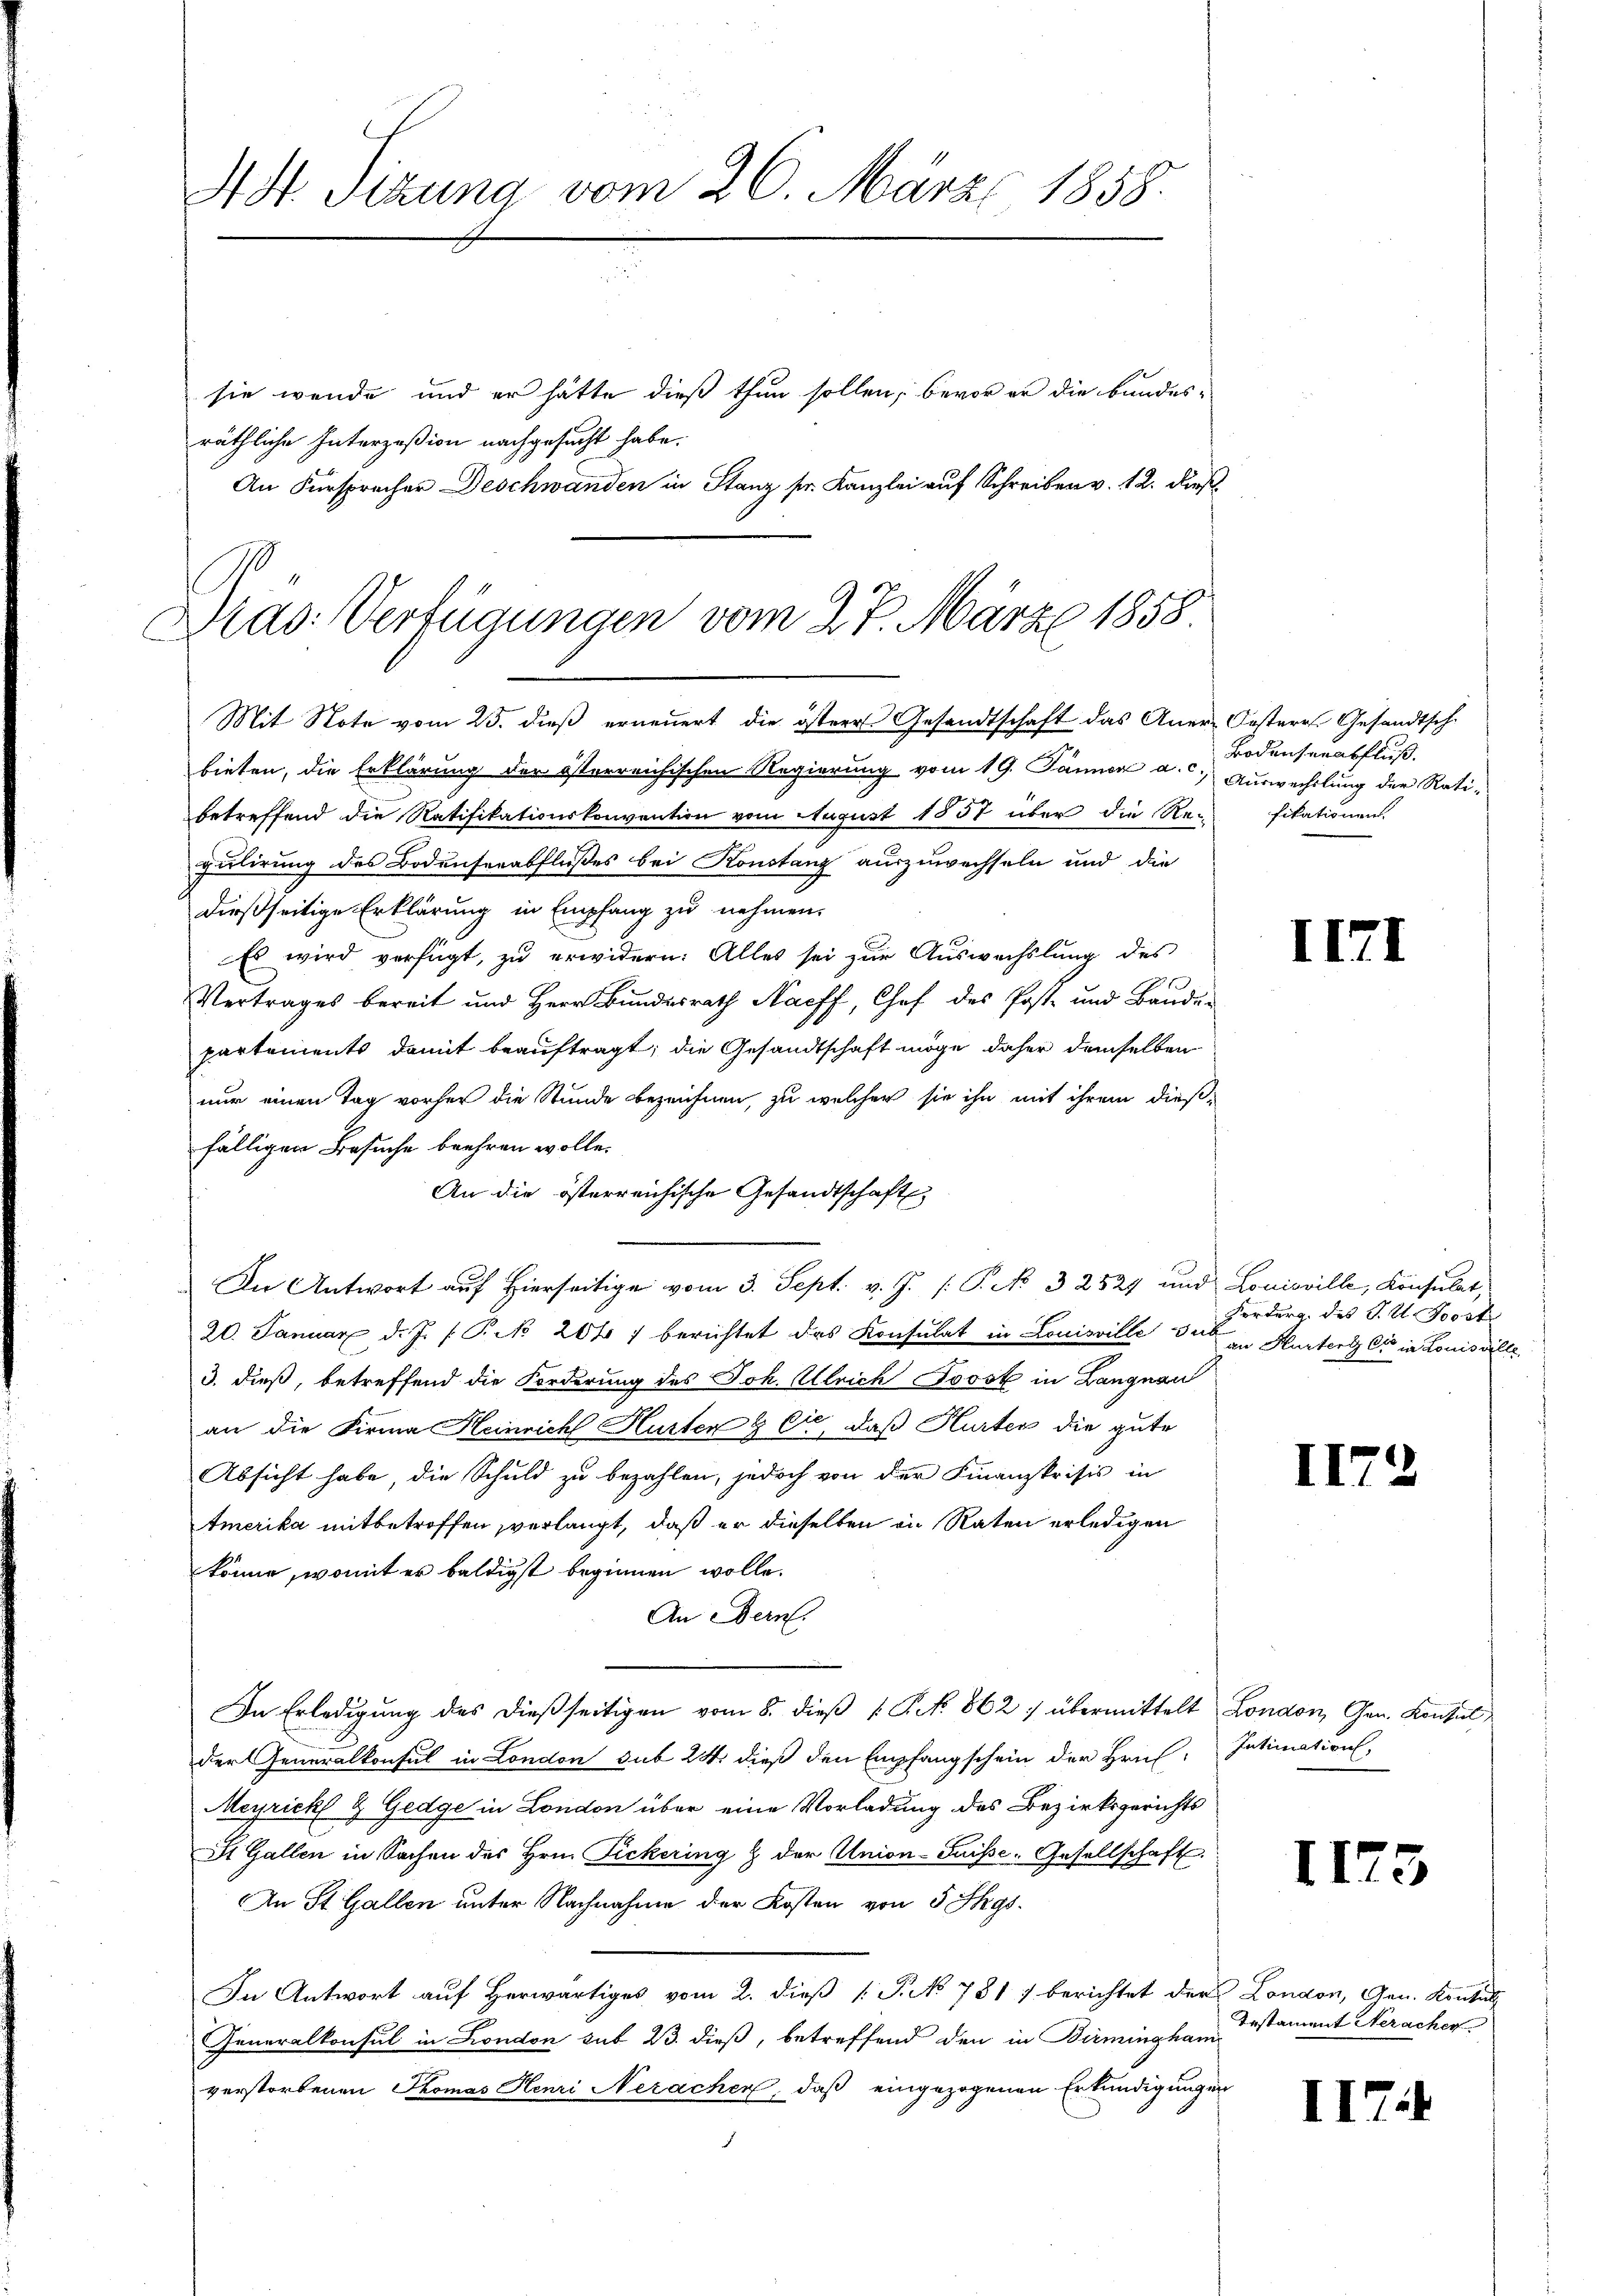
4 Sizung vom 26. März 1858.

sie wende und er hätte dieß thun sollen, bevor er die bundes-
räthliche Interzoßion nachgesucht habe.
An Fürspracher Deschwanden in Stanz sr. Kanzlei auf Schreiben v. 12. dieß

Dras Verfügungen vom 27. März 1858
Mit Note vom 25. dieß erneuert, die östere Gesandtschaft das Aner-Oesterr. Gesandtsch
bieten, die Erklärung der österreichischen Regierung vom 19. Jänner a. c.) Auswechslung der Rati-

betreffend die Ratifikationskonvention vom August 1857 über die Re-fikationen.
gulirung des Bodenserabflußes bei Konstanz auszuwechseln und die
dießseitige Erklärung in Empfang zu nehmen.
Es wird verfügt, zu erwidern: Alles sei zur Auswechslung des
Vertrages bereit und Herr Bundesrath Naeff, Chef des Post- und Baudepartements damit beauftragt; die Gesandtschaft möge daher demselben
nur einen Tag vorher die Stunde bezeichnen, zu welcher sie ihn mit ihrem dieß-
fälligen Besuche beehren wolle.
An die österreichische Gesandtschaft
In Antwort auf Hierseitige vom 3. Sept. v. J. P. k 32527 und Louisville, Konsulat,
20. Januar d. J. P. 201 f berichtet das Konsulat in Louisville sub
3. dieß, betreffend die Forderung des Joh. Ulrich Jovsk in Langnau
an die Firma Heinrich Hurter & Cie, daß Hurter die gute
Absicht habe, die Schuld zu bezahlen, jedoch von der Finanzkrisis in
tmerika mitbetroffen verlangt, daß er dieselben in Raten erledigen
könne, womit er baldigst beginnen wolle.
An Bern.
In Erledigung des dießseitigen vom 8. dieß P. N. 862 übermittelt London, Gen. Konsul
der Generalkonsul in London sub 24. dieß den Empfangschein der Hrn. Intimation.
Meyrickt & Gedge in London über eine Vorladung des Bezirksgerichts
St. Gallen in Sachen des Hrn. Fickering & der Union-Suisse-Gesellschaft
An St. Gallen unter Nachnahme der Kosten von 5 Tags¬
In Antwort auf Herwärtiges vom 2. dieß [P. 781) berichtet der London, Gen. Kontul
Generalkonsul in London sub 23. dieß, betreffend den in Birmingham
verstorbenen Thomas Henri Nerachen, daß eingezogenen Erkundigungen

Bodenserabfluß.

III

Forberg des S. A. Boost
an Hurtert C in Louisville

II.

1173

I

Testament Nerachen.

2